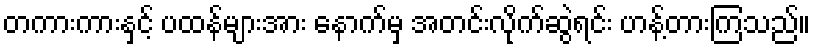
တကားကားနှင့် ပထန်များအား နောက်မှ အတင်းလိုက်ဆွဲရင်း ဟန့်တားကြသည်။